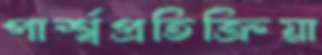
পার্শ্বপ্রতিক্রিয়া